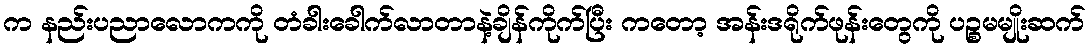
က နည်းပညာလောကကို တံခါးခေါက်လာတာနဲ့ချိန်ကိုက်ပြီး ကတော့ အန်းဒရိုက်ဖုန်းတွေကို ပဉ္စမမျိုးဆက်